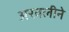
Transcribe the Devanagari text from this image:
अरवलीने